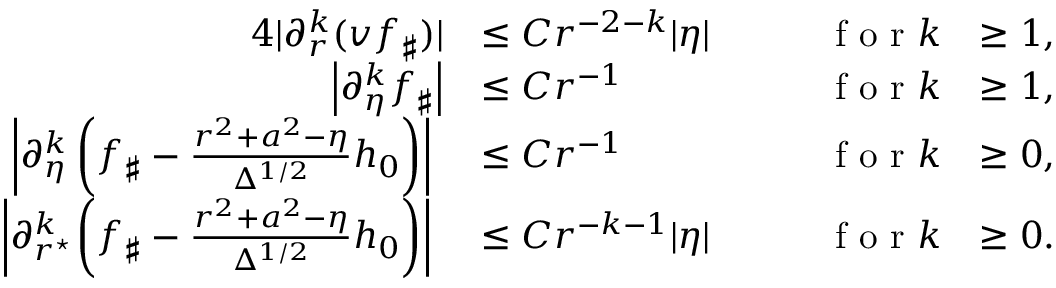
\begin{array} { r l r l } { { 4 } | \partial _ { r } ^ { k } ( v f _ { \sharp } ) | } & { \leq C r ^ { - 2 - k } | \eta | \qquad } & { \textrm { f o r } k } & { \geq 1 , } \\ { \left| \partial _ { \eta } ^ { k } f _ { \sharp } \right| } & { \leq C r ^ { - 1 } \qquad } & { \textrm { f o r } k } & { \geq 1 , } \\ { \left| \partial _ { \eta } ^ { k } \left( f _ { \sharp } - \frac { r ^ { 2 } + a ^ { 2 } - \eta } { \Delta ^ { 1 / 2 } } h _ { 0 } \right) \right| \ } & { \leq C r ^ { - 1 } \qquad } & { \textrm { f o r } k } & { \geq 0 , } \\ { \left| \partial _ { r ^ { \star } \! } ^ { k } \left( f _ { \sharp } - \frac { r ^ { 2 } + a ^ { 2 } - \eta } { \Delta ^ { 1 / 2 } } h _ { 0 } \right) \right| \ } & { \leq C r ^ { - k - 1 } | \eta | \qquad } & { \textrm { f o r } k } & { \geq 0 . } \end{array}